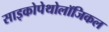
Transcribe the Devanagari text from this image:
साइकोपेथोलॉजिकल